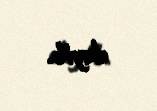
deyib.